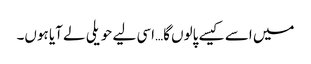
میں اسے کیسے پالوں گا…اسی لیے حویلی لے آیا ہوں۔